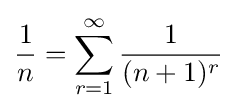
{\frac {1}{n}}=\sum _{r=1}^{\infty }{\frac {1}{(n+1)^{r}}}